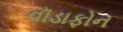
વૉડાફોન